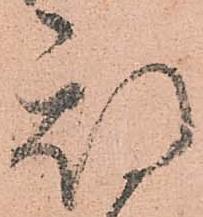
期